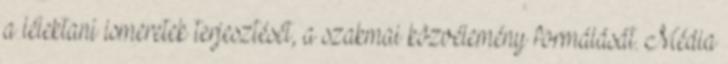
a lélektani ismeretek terjesztését, a szakmai közvélemény formálását. Média